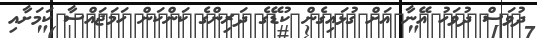
ދުވަސް ދުވަހު އޭނާ އަށް ގުޅައިގެން ކުޑޭގެ ދަރިންގެ ކަންކަން ހަމަޖައްސާ ކަމަށާއި